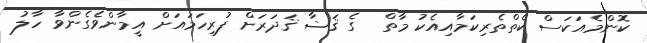
ކޮންމެއަކަސް ކެތްތެރިކަމާއިއެކު މާތް  ގެ ޤަޟާ ޤަދަރަށް ފުރިހަމައަށް އީމާންވެގެންވާ ހާލު